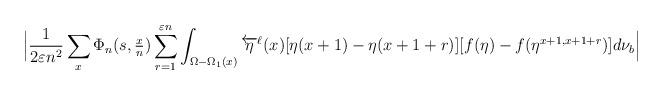
LaTeX: \begin{align*}\Big|\frac{1}{2 \varepsilon n^2}\sum_{x} \Phi_n(s, \tfrac{x}{n} ) \sum_{r=1}^{\varepsilon n} \int_{ \Omega - \Omega_1(x) } \overleftarrow{\eta}^{\ell}(x) [\eta(x+1)-\eta(x+1+r) ] [f(\eta)-f(\eta^{x+1,x+1+r})] d\nu_{b} \Big|\end{align*}